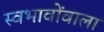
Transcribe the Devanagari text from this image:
स्वभावोंवाला